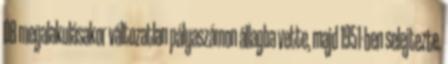
DB megalakulásakor változatlan pályaszámon állagba vette, majd 1951-ben selejtezte.